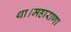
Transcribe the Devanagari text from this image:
था।महाराणा